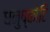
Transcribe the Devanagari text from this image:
धनुष्कोटि